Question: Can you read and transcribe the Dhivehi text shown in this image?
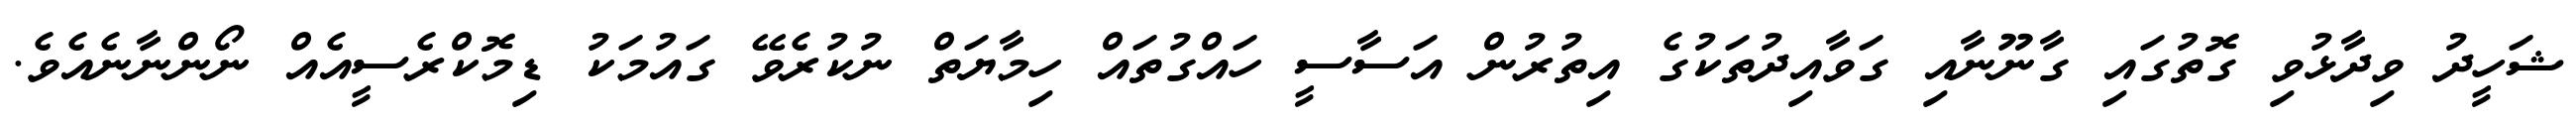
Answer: ޝަހީދު ވިދާޅުވި ގޮތުގައި ގާނޫނާއި ގަވާއިދުތަކުގެ އިތުރުން އަސާސީ ހައްގުތައް ހިމާޔަތް ނުކުރެވޭ ގައުމަކު ޑިމޮކްރެސީއެއް ނޯންނާނެއެވެ.